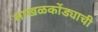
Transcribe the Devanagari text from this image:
साखळकोंड्याची